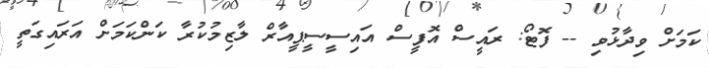
ކަމަށް ވިދާޅުވި -- ފޮޓޯ: ރައީސް އޮފީސް އައިސީސީޕީއާރް ލާޒިމުކުރާ ކަންކަމަށް އަރައިގަތީ